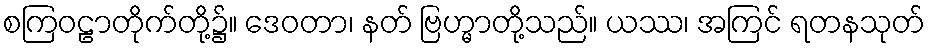
စကြဝဠာတိုက်တို့၌။ ဒေဝတာ၊ နတ် ဗြဟ္မာတို့သည်။ ယဿ၊ အကြင် ရတနသုတ်